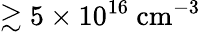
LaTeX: \gtrsim 5\times 10^{16}~\textrm{cm}^{-3}